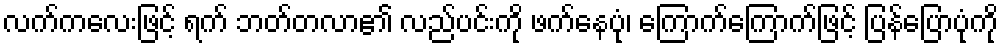
လက်ကလေးဖြင့် ရက် ဘတ်တလာ၏ လည်ပင်းကို ဖက်နေပုံ၊ ကြောက်ကြောက်ဖြင့် ပြန်ပြောပုံကို